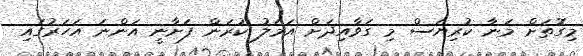
މިގޮތަށް މަނާ ކުރިޔަސް މި ގަވާއިދަށް އަމަލު ކުރަން ފަށާނީ އަންނަ އަހަރުގައި